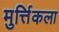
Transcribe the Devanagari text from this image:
मुर्त्तिकला